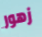
زهور